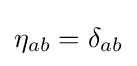
\eta _{ab}=\delta _{ab}